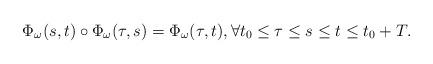
LaTeX: \begin{align*}\Phi_\omega(s,t)\circ \Phi_\omega(\tau,s) = \Phi_\omega(\tau,t),\forall t_0\leq \tau\leq s \leq t \leq t_0+T. \end{align*}